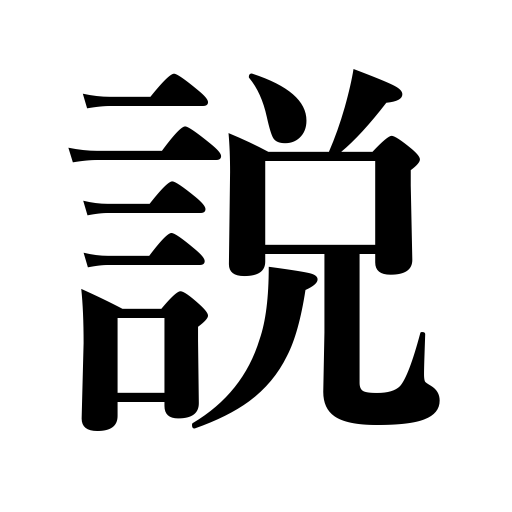
Meanings: explain,advocate,comment,report,persuade,theory,teach,expound,preach,assertion,view,rumor,version ,opinion